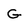
Character: G